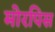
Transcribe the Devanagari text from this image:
मोरपिस